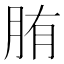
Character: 𦛒